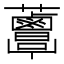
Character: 𧅸